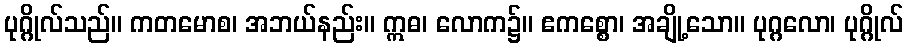
ပုဂ္ဂိုလ်သည်။ ကတမောစ၊ အဘယ်နည်း။ ဣဓ၊ လောက၌။ ဧကစ္စော၊ အချို့သော။ ပုဂ္ဂလော၊ ပုဂ္ဂိုလ်